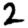
Digit: 2